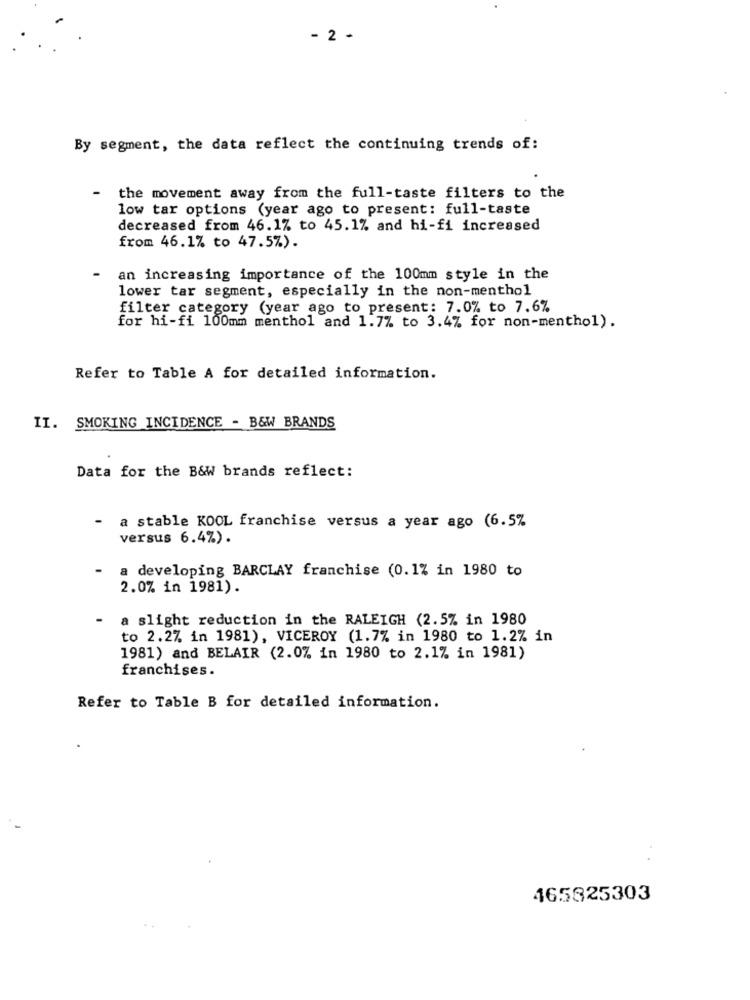
- 2 -
By segment, the data reflect the continuing trends of:
-
the movement away from the full-taste filters to the
low tar options (year ago to present: full-taste
decreased from 46.1% to 45.1% and hi-fi increased
from 46.1% to 47.5%).
an increasing importance of the 100mm style in the
lower tar segment, especially in the non-menthol
filter category (year ago to present: 7.0% to 7.6%
for hi-fi 100mm menthol and 1.7% to 3.4% for non-menthol).
Refer to Table A for detailed information.
II. SMOKING INCIDENCE - B&W BRANDS
Data for the B&W brands reflect:
a stable KOOL franchise versus a year ago (6.5%
versus 6.4%).
a developing BARCLAY franchise (0.1% in 1980 to
2.0% in 1981).
a slight reduction in the RALEIGH (2.5% in 1980
to 2.2% in 1981), VICEROY (1.7% in 1980 to 1.2% in
1981) and BELAIR (2.0% in 1980 to 2.1% in 1981)
franchises.
Refer to Table B for detailed information.
465825303